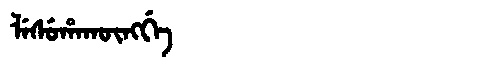
Manchu: ᠯᡝᠰᡠᡥᠠᡴᡡᠩᡤᡝ
Romanization: LESUHAKŪNGGE